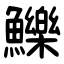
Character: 鱳